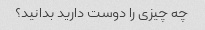
چه چیزی را دوست دارید بدانید؟